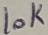
Text: 10K